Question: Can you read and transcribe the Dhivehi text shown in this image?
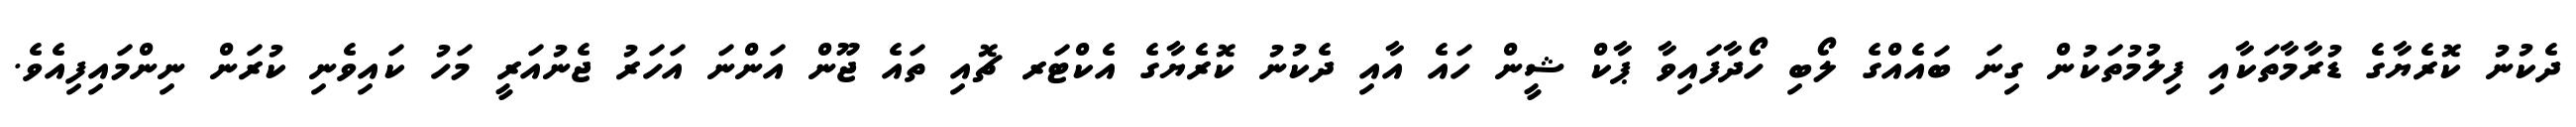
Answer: ދެކުނު ކޮރެޔާގެ ޑުރާމާތަކާއި ފިލުމުތަކުން ގިނަ ބައެއްގެ ލޯބި ހޯދާފައިވާ ޕާކް ޝީން ހައެ އާއި ދެކުނު ކޮރެޔާގެ އެކްޓަރ ޗޮއި ތައެ ޖޫން އަންނަ އަހަރު ޖެނުއަރީ މަހު ކައިވެނި ކުރަން ނިންމައިފިއެވެ.